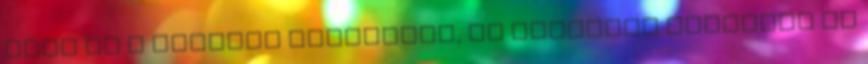
volt ez a mértékű támogatás, és szívesen indultam is